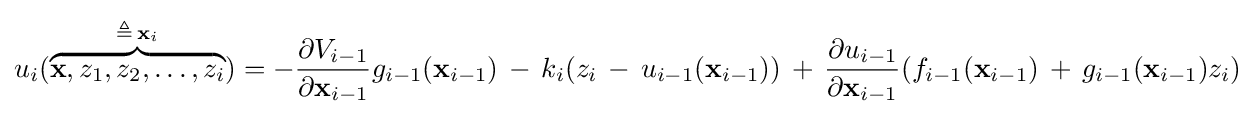
u_{i}(\overbrace {\mathbf {x} ,z_{1},z_{2},\dots ,z_{i}} ^{\triangleq \,\mathbf {x} _{i}})=-{\frac {\partial V_{i-1}}{\partial \mathbf {x} _{i-1}}}g_{i-1}(\mathbf {x} _{i-1})\,-\,k_{i}(z_{i}\,-\,u_{i-1}(\mathbf {x} _{i-1}))\,+\,{\frac {\partial u_{i-1}}{\partial \mathbf {x} _{i-1}}}(f_{i-1}(\mathbf {x} _{i-1})\,+\,g_{i-1}(\mathbf {x} _{i-1})z_{i})